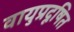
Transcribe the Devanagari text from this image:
वायुप्रदूषित